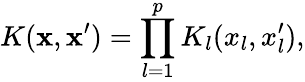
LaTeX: K(\mathbf x,\mathbf x^{\prime})=\prod_{l=1}^{p}K_{l}(x_{l},x_{l}^{\prime}),